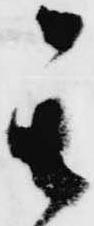
其